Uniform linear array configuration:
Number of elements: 8
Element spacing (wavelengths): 1
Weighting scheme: cosine
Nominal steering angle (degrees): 45
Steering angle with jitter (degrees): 45.384
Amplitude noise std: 0.05
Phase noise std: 0.05

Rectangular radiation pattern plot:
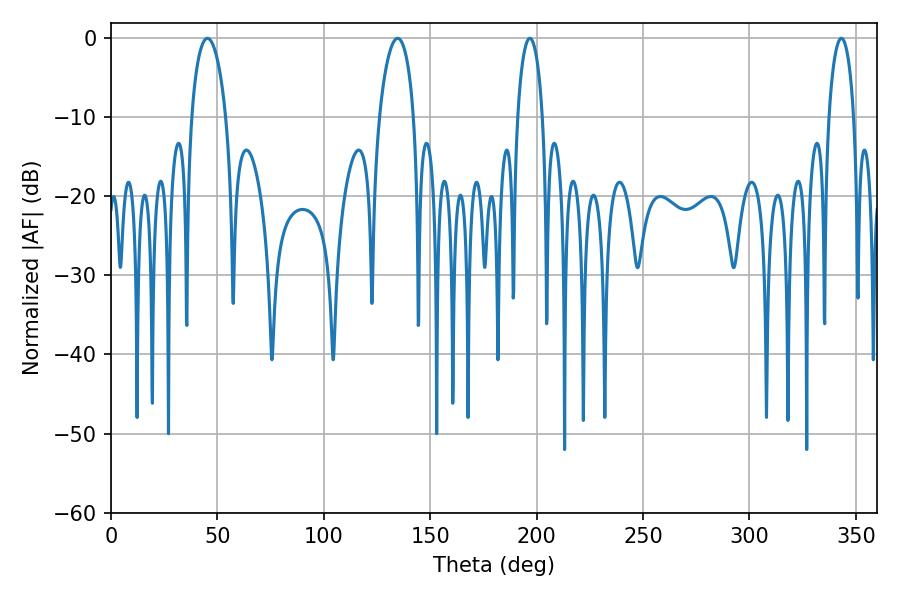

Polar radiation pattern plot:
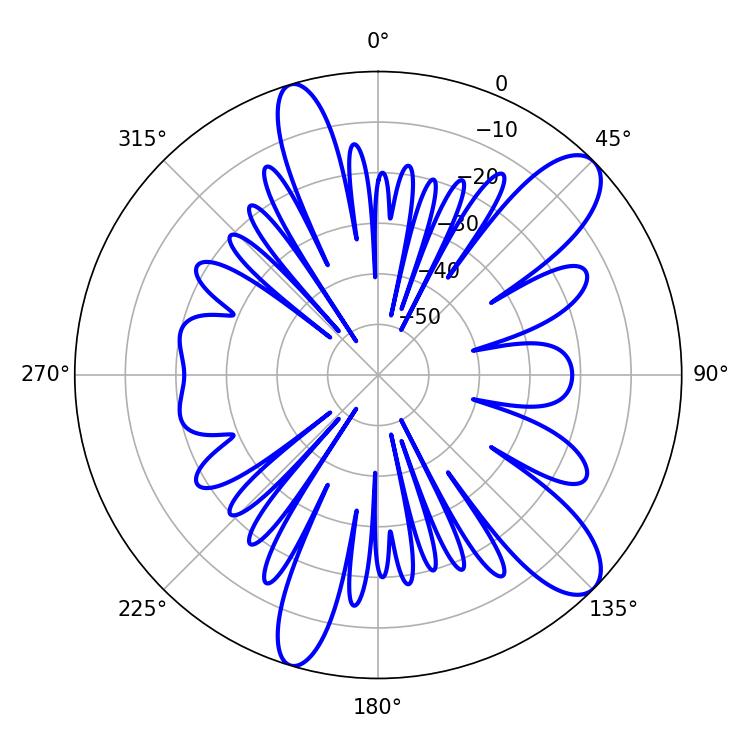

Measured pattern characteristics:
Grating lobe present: TRUE
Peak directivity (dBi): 10.681
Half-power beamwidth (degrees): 9.36
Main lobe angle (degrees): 45.36